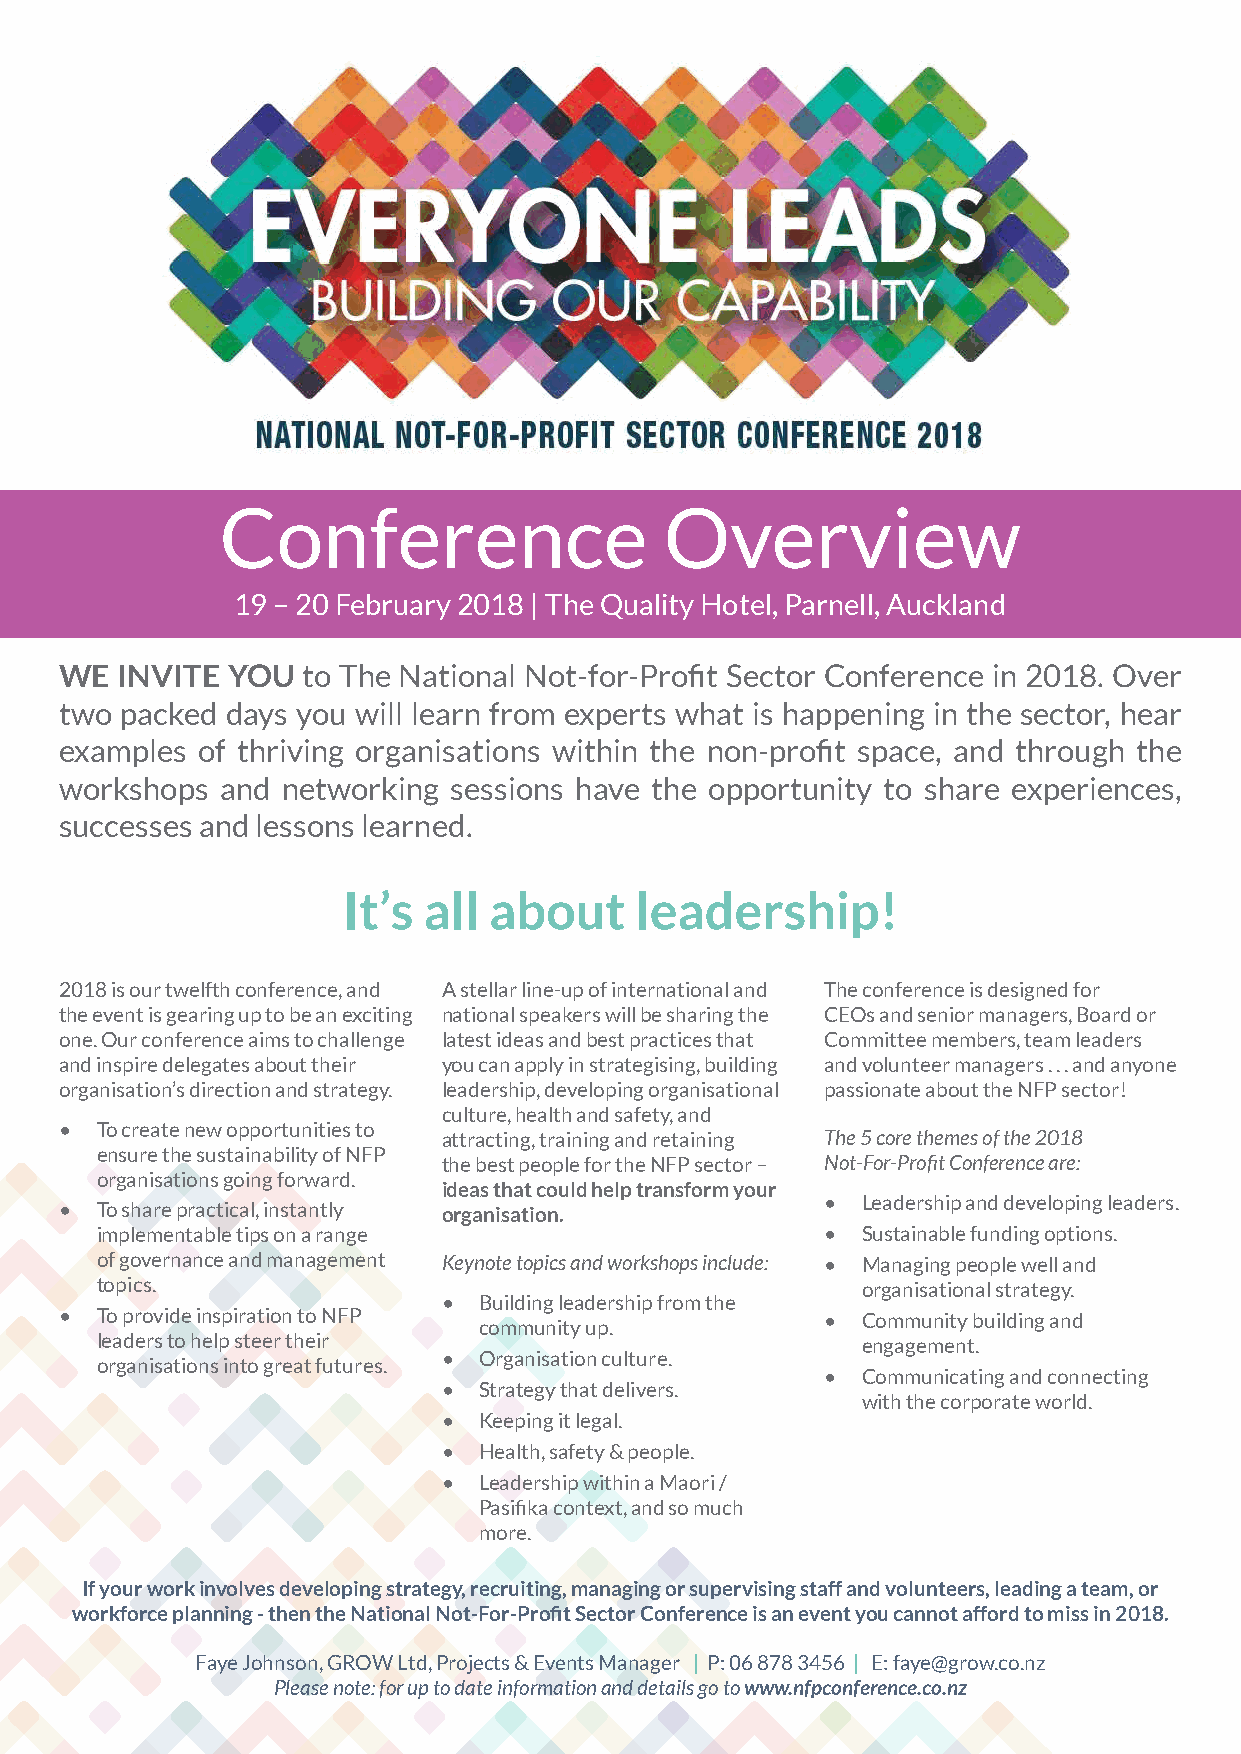
Conference                   Overview
 19 – 20 February 2018 | The Quality Hotel, Parnell, Auckland
 WE  INVITE YOU  to The National Not-for-Profit Sector Conference in 2018. Over
 two packed days you will learn from experts what is happening in the sector, hear
 examples of thriving organisations within the non-profit space, and through the
 workshops  and networking sessions have the opportunity to share experiences,
 successes and lessons learned.
 It’s all about     leadership!
 2018 is our twelfth conference, and A stellar line-up of international and The conference is designed for
 the event is gearing up to be an exciting national speakers will be sharing the CEOs and senior managers, Board or
 one. Our conference aims to challenge latest ideas and best practices that Committee members, team leaders
 and inspire delegates about their you can apply in strategising, building and volunteer managers . . . and anyone
 organisation’s direction and strategy. leadership, developing organisational passionate about the NFP sector!
 culture, health and safety, and
 • To create new opportunities to
 attracting, training and retaining The 5 core themes of the 2018
 ensure the sustainability of NFP
 the best people for the NFP sector – Not-For-Profit Conference are:
 organisations going forward.
 ideas that could help transform your
 • Leadership and developing leaders.
 • To share practical, instantly organisation.
 implementable tips on a range                    • Sustainable funding options.
 of governance and management Keynote topics and workshops include: • Managing people well and
 topics.                                            organisational strategy.
 •  Building leadership from the
 • To provide inspiration to NFP                    • Community building and
 community up.
 leaders to help steer their                        engagement.
 •  Organisation culture.
 organisations into great futures.
 • Communicating and connecting
 •  Strategy that delivers.
 with the corporate world.
 •  Keeping it legal.
 •  Health, safety & people.
 •  Leadership within a Maori /
 Pasifika context, and so much
 more.
 If your work involves developing strategy, recruiting, managing or supervising staff and volunteers, leading a team, or
 workforce planning - then the National Not-For-Profit Sector Conference is an event you cannot afford to miss in 2018.
 Faye Johnson, GROW Ltd, Projects & Events Manager | P: 06 878 3456 | E: faye@grow.co.nz
 Please note: for up to date information and details go to www.nfpconference.co.nz